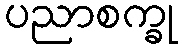
ပညာစက္ခု